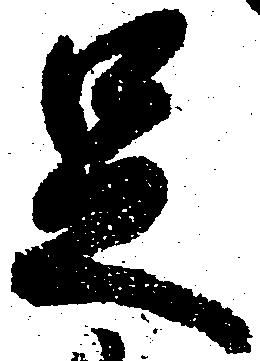
足